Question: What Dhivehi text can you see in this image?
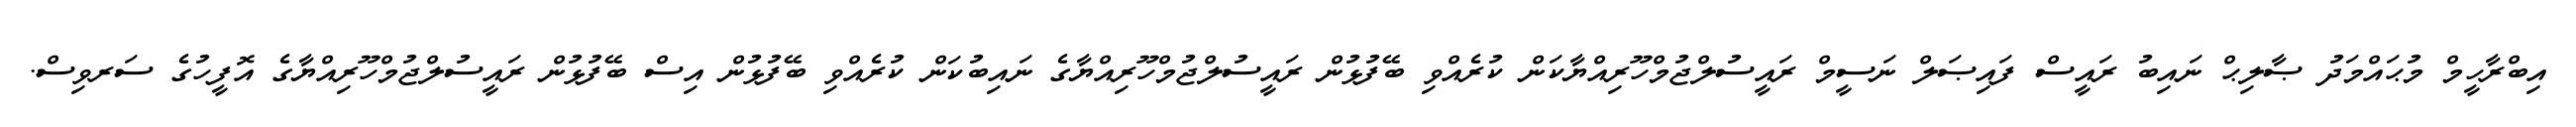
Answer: އިބްރާހީމް މުޙައްމަދު ޞާލިޙް ނައިބު ރައީސް ފައިޞަލް ނަސީމް ރައީސުލްޖުމްހޫރިއްޔާކަން ކުރެއްވި ބޭފުޅުން ރައީސުލްޖުމްހޫރިއްޔާގެ ނައިބުކަން ކުރެއްވި ބޭފުޅުން އިސް ބޭފުޅުން ރައީސުލްޖުމްހޫރިއްޔާގެ އޮފީހުގެ ސަރވިސް.